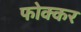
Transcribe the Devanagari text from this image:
फोक्‍कर